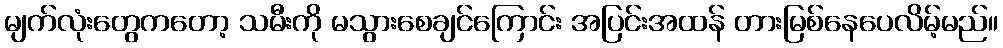
မျက်လုံးတွေကတော့ သမီးကို မသွားစေချင်ကြောင်း အပြင်းအထန် တားမြစ်နေပေလိမ့်မည်။